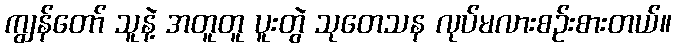
ကျွန်တော် သူနဲ့ အတူတူ ပူးတွဲ သုတေသန လုပ်မလားစဉ်းစားတယ်။